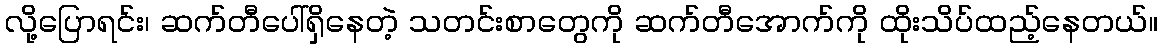
လို့ပြောရင်း၊ ဆက်တီပေါ်ရှိနေတဲ့ သတင်းစာတွေကို ဆက်တီအောက်ကို ထိုးသိပ်ထည့်နေတယ်။